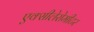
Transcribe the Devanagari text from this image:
एक्सीलेरोमीटर